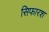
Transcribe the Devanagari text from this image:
सिफारश